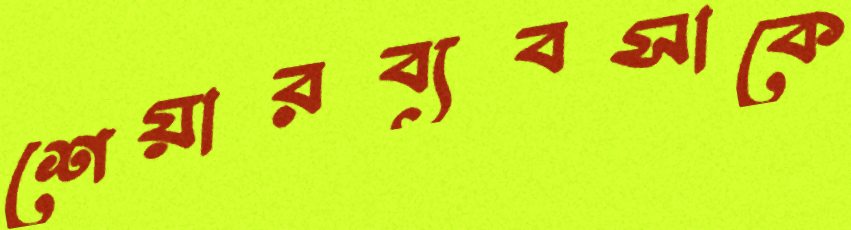
শেয়ারব্যবসাকে